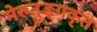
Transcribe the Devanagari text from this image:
मेरुतुङ्गकृत